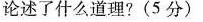
论述了什么道理?(5分)